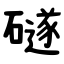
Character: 礈